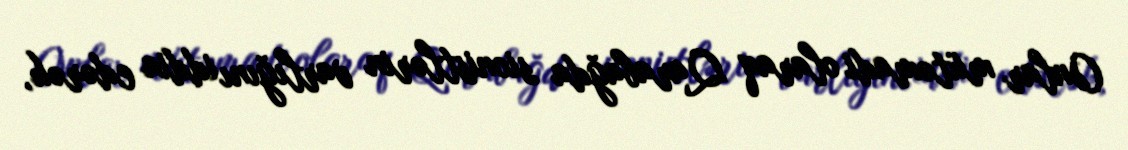
Onlar mütəmadi olaraq Qarabağda sionistlərin varlığını iddia edərək,